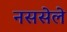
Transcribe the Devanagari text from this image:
नससेले